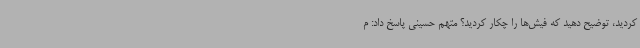
کردید، توضیح دهید که فیش‌ها را چکار کردید؟ متهم حسینی پاسخ داد: م